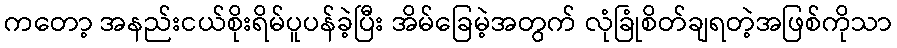
ကတော့ အနည်းငယ်စိုးရိမ်ပူပန်ခဲ့ပြီး အိမ်ခြေမဲ့အတွက် လုံခြုံစိတ်ချရတဲ့အဖြစ်ကိုသာ